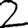
Digit: 2